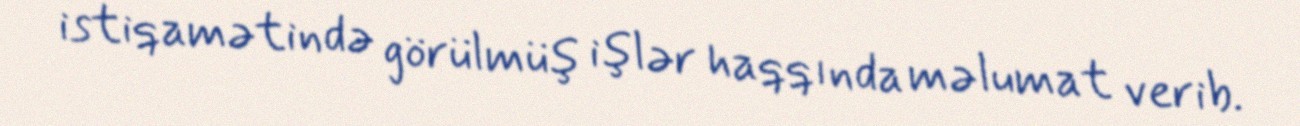
istiqamətində görülmüş işlər haqqında məlumat verib.